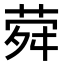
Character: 𦲋